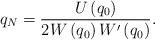
LaTeX: \begin{align*}q_{N}=\frac{U\left( q_{0}\right) }{2W\left( q_{0}\right) W^{\prime }\left(q_{0}\right) } .\end{align*}